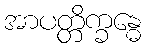
အာပတ္တိက္ခန္ဓေ